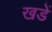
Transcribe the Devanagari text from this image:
खडें